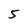
Character: 5